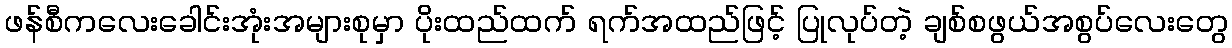
ဖန်စီကလေးခေါင်းအုံးအများစုမှာ ပိုးထည်ထက် ရက်အထည်ဖြင့် ပြုလုပ်တဲ့ ချစ်စဖွယ်အစွပ်လေးတွေ